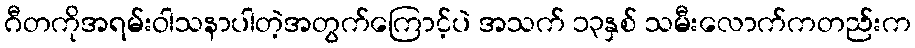
ဂီတကိုအရမ်းဝါသနာပါတဲ့အတွက်ကြောင့်ပဲ အသက် ၁၃နှစ် သမီးလောက်ကတည်းက